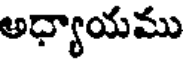
అధ్యాయము